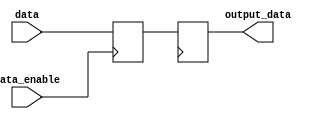
module data_enable_latch(
  input wire data,
  input wire data_enable,
  output reg output_data
);

reg stored_data;

always @(posedge data_enable) begin
  if(data_enable) begin
    stored_data <= data;
  end
end

always @(posedge clk) begin
  output_data <= stored_data;
end

endmodule